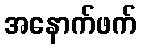
အနောက်ဖက်